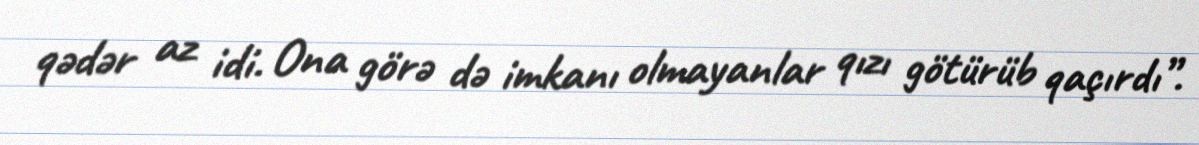
qədər az idi. Ona görə də imkanı olmayanlar qızı götürüb qaçırdı”.